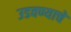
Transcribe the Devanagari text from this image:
उडवण्याचे